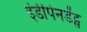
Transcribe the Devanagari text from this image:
इंडीपेनडेंट्स